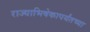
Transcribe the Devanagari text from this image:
राज्याभिषेकापर्यंतच्या